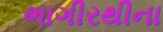
ભાગીરથીના